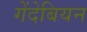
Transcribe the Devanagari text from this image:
गेंदेबियन